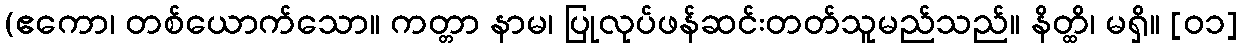
(ဧကော၊ တစ်ယောက်သော။ ကတ္တာ နာမ၊ ပြုလုပ်ဖန်ဆင်းတတ်သူမည်သည်။ နိတ္ထိ၊ မရှိ။ [၀၁]